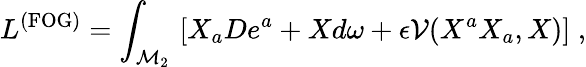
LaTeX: L^{\mathrm{(FOG)}}=\int_{\mathcal{M}_{2}}\, \left[X_{a}De^{a}+Xd\omega+\epsilon\mathcal{V}(X^{a}X_{a},X)\right]\; ,